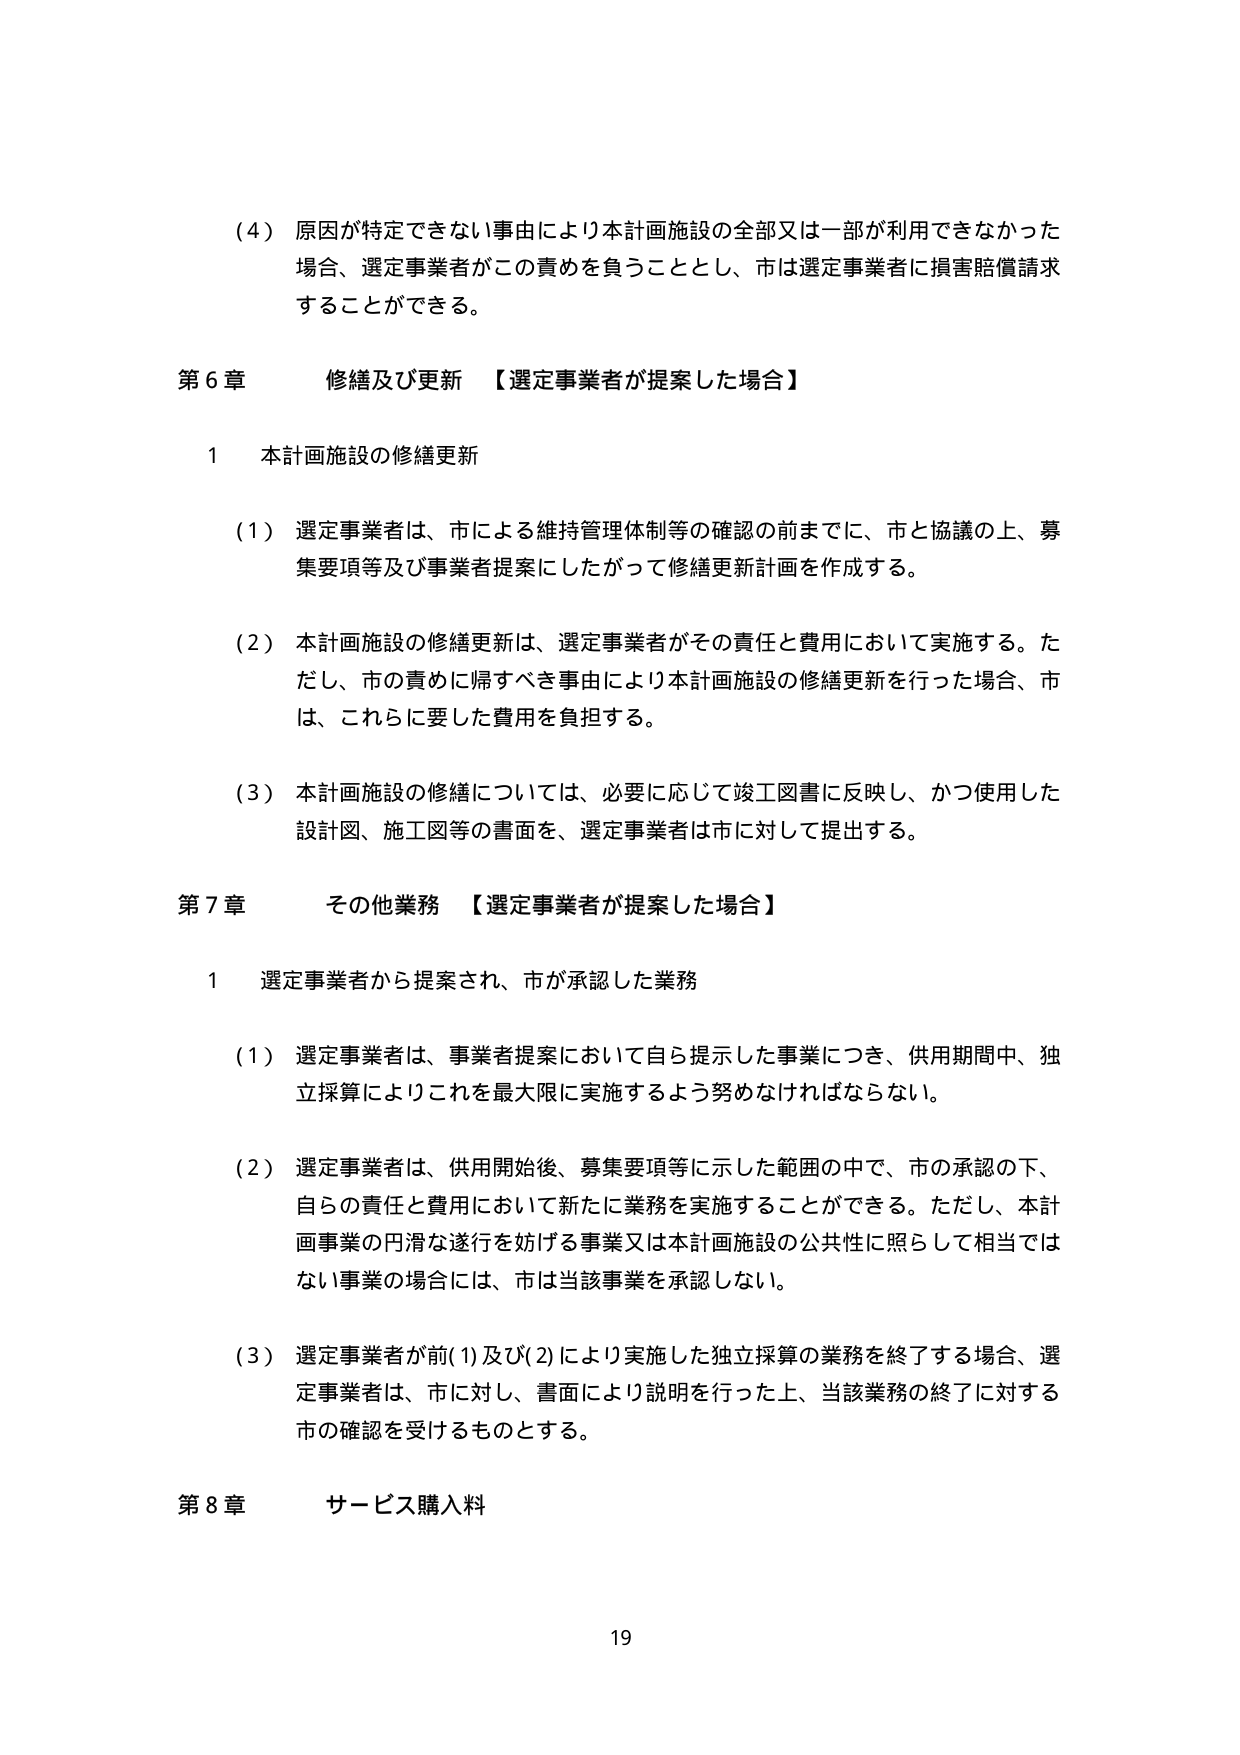
（4）原因が特定できない事由により本計画施設の全部又は一部が利用できなかった場合、選定事業者がこの責めを負うこととし、市は選定事業者に損害賠償請求することができる。

第６章 修繕及び更新 【選定事業者が提案した場合】

１ 本計画施設の修繕更新

（1）選定事業者は、市による維持管理体制等の確認の前までに、市と協議の上、募集要項等及び事業者提案にしたがって修繕更新計画を作成する。

（2）本計画施設の修繕更新は、選定事業者がその責任と費用において実施する。ただし、市の責めに帰すべき事由により本計画施設の修繕更新を行った場合、市は、これらに要した費用を負担する。

（3）本計画施設の修繕については、必要に応じて竣工図書に反映し、かつ使用した設計図、施工図等の書面を、選定事業者は市に対して提出する。

第７章 その他業務 【選定事業者が提案した場合】

１ 選定事業者から提案され、市が承認した業務

（1）選定事業者は、事業者提案において自ら提示した事業につき、供用期間中、独立採算によりこれを最大限に実施するよう努めなければならない。

（2）選定事業者は、供用開始後、募集要項等に示した範囲の中で、市の承認の下、自らの責任と費用において新たに業務を実施することができる。ただし、本計画事業の円滑な遂行を妨げる事業又は本計画施設の公共性に照らして相当ではない事業の場合には、市は当該事業を承認しない。

（3）選定事業者が前(1)及び(2)により実施した独立採算の業務を終了する場合、選定事業者は、市に対し、書面により説明を行った上、当該業務の終了に対する市の確認を受けるものとする。

第８章 サービス購入料

19